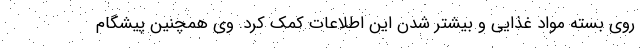
روی بسته مواد غذایی و بیشتر شدن این اطلاعات کمک کرد. وی همچنین پیشگام